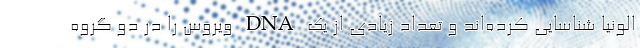
الونیا شناسایی کرده‌اند و تعداد زیادی از یک DNA ویروس را در دو گروه